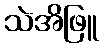
သဲအိဖြူ